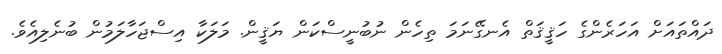
ދައްތައަށް އަހަރެންގެ ހަޤީޤަތް އެނގޭނަމަ ތިހެން ނުބުނީސްކަން ޔަޤީން. މަލަކާ އިސްޖަހާލަމުން ބުނެލިއެވެ.